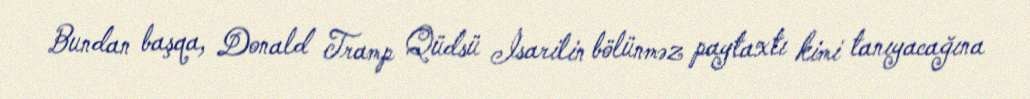
Bundan başqa, Donald Tramp Qüdsü İsarilin bölünməz paytaxtı kimi tanıyacağına